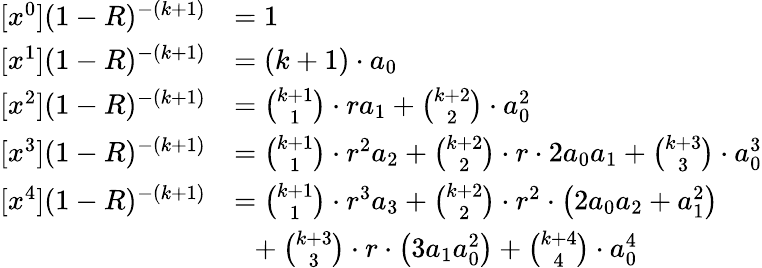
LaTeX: \begin{array}{rl}{[x^{0}](1-R)^{-(k+1)}}&{=1}\\ {[x^{1}](1-R)^{-(k+1)}}&{=(k+1)\cdot a_{0}}\\ {[x^{2}](1-R)^{-(k+1)}}&{={\binom{k+1}{1}}\cdot ra_{1}+{\binom{k+2}{2}}\cdot a_{0}^{2}}\\ {[x^{3}](1-R)^{-(k+1)}}&{={\binom{k+1}{1}}\cdot r^{2}a_{2}+{\binom{k+2}{2}}\cdot r\cdot 2a_{0}a_{1}+{\binom{k+3}{3}}\cdot a_{0}^{3}}\\ {[x^{4}](1-R)^{-(k+1)}}&{={\binom{k+1}{1}}\cdot r^{3}a_{3}+{\binom{k+2}{2}}\cdot r^{2}\cdot\left(2a_{0}a_{2}+a_{1}^{2}\right)}\\ &{\ \ +{\binom{k+3}{3}}\cdot r\cdot\left(3a_{1}a_{0}^{2}\right)+{\binom{k+4}{4}}\cdot a_{0}^{4}}\end{array}